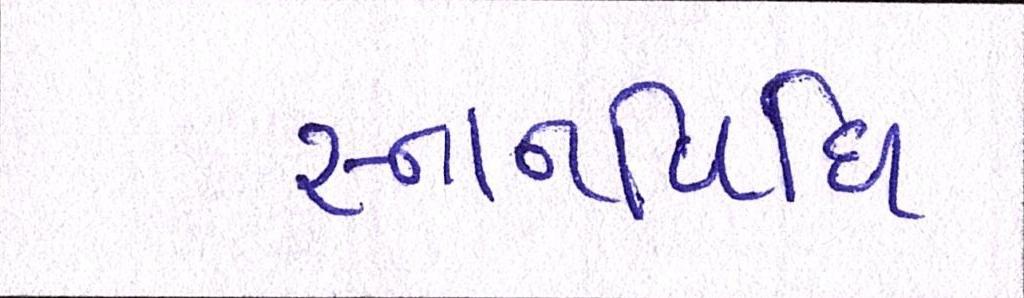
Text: સ્નાનવિધિ